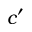
c ^ { \prime }